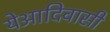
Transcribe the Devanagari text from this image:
येआदिवासी